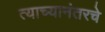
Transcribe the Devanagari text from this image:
त्याच्यानंतरचे